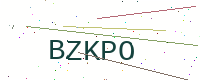
Text: BZKPO